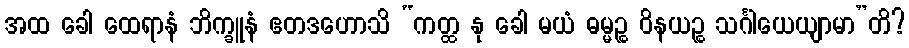
အထ ခေါ ထေရာနံ ဘိက္ခူနံ ဧတဒဟောသိ “ကတ္ထ နု ခေါ မယံ ဓမ္မဉ္စ ဝိနယဉ္စ သင်္ဂါယေယျာမာ”တိ?